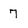
Character: 7